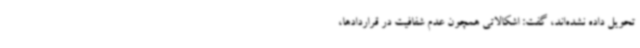
تحویل داده نشده‌اند، گفت: اشکالاتی همچون عدم شفافیت در قراردادها،